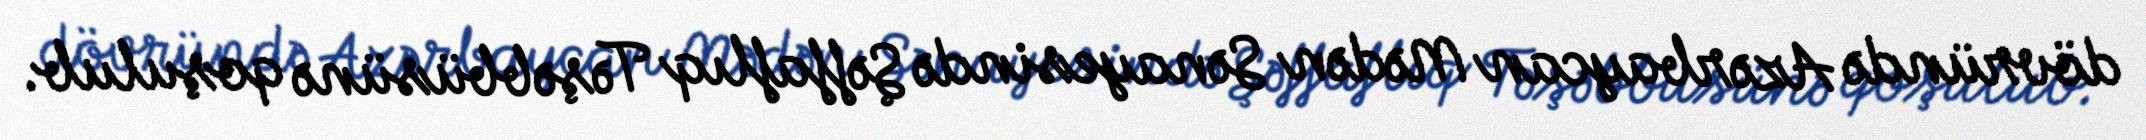
dövründə Azərbaycan Mədən Sənayesində Şəffaflıq Təşəbbüsünə qoşulub.